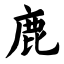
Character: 鹿